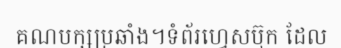
គណបក្សប្រឆាំង។ទំព័រហ្វេសប៊ុក ដែល